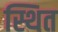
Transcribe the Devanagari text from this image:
स्थित